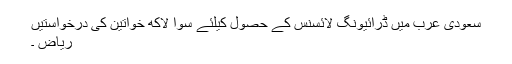
سعودی عرب میں ڈرائیونگ لائسنس کے حصول کیلئے سوا لاکھ خواتین کی درخواستیں
ریاض ۔